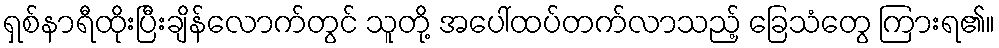
ရှစ်နာရီထိုးပြီးချိန်လောက်တွင် သူတို့ အပေါ်ထပ်တက်လာသည့် ခြေသံတွေ ကြားရ၏။